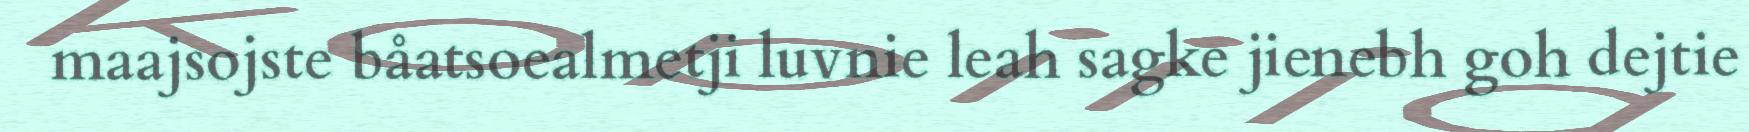
maajsojste båatsoealmetji luvnie leah sagke jienebh goh dejtie